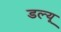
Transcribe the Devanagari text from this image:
डल्यू